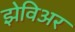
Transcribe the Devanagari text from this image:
झेविअर